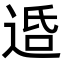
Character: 𨓈